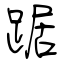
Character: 踞